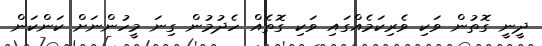
ދީނީ ގޮތުން ވަކި ވެރިކަމެއްގައި ވަކި ގޮތެއް ހެދުމުން ގިނަ މީހުންނަށް ކަންކަން